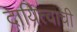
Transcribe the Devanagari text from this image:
दायित्वाची